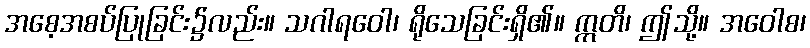
အစေ့အစပ်ပြုခြင်း၌လည်း။ သဂါရဝေါ၊ ရိုသေခြင်းရှိ၏။ ဣတိ၊ ဤသို့။ အဝေါစ၊